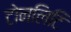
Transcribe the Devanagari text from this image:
टोनलिटि